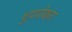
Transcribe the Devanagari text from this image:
थुपपोखरा